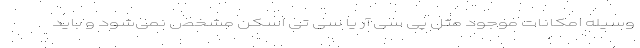
وسیله امکانات موجود مثل پی سی آر یا سی تی اسکن مشخص نمی‌شود و باید